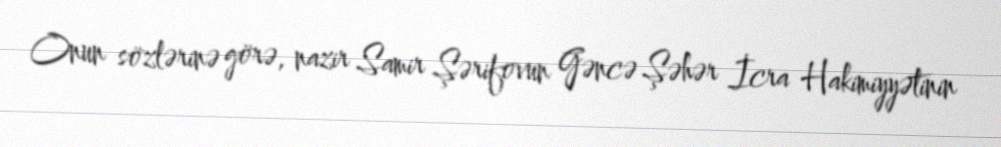
Onun sözlərinə görə, nazir Samir Şərifovun Gəncə Şəhər İcra Hakimiyyətinin